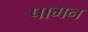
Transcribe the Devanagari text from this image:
पामन